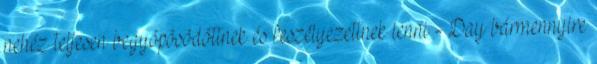
nehéz teljesen begyöpösödöttnek és feszélyezettnek lenni - Day bármennyire